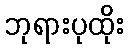
ဘုရားပုထိုး